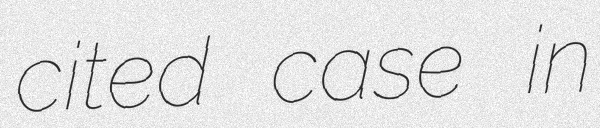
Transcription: cited case in